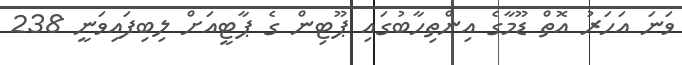
ވަނަ އަހަރު އޮތް ޑޫމާގެ އިންތިހާބުގައި ޕޫޓިން ގެ ޕާޓީއަށް ލިބިފައިވަނީ 238